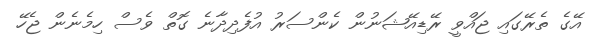
އޭގެ ތެރޭގައި ޖައްވީ ރޭޑިއޭޝަނުން ކެންސަރު އުފެދިދާނެ ގޮތް ވެސް ހިމެނެން ޖެހޭ